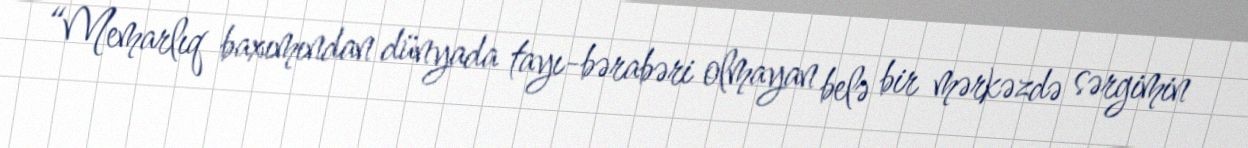
“Memarlıq baxımından dünyada tayı-bərabəri olmayan belə bir mərkəzdə sərgimin